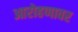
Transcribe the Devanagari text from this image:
आरोहणावर